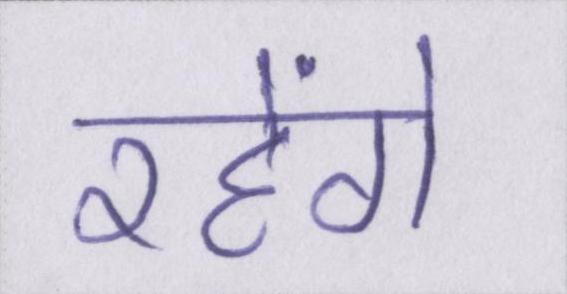
रहेंगे